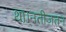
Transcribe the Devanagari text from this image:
था।नतीजतन